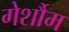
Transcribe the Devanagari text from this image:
गेर्शौम